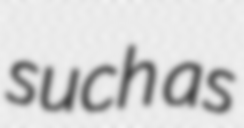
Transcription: such as